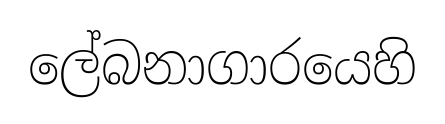
ලේබනාගාරයෙහි